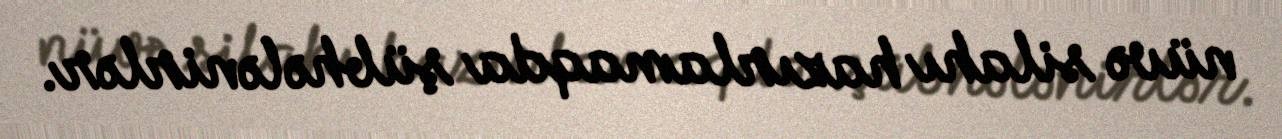
nüvə silahı hazırlamaqda şübhələnirlər.